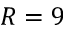
R = 9